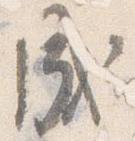
成